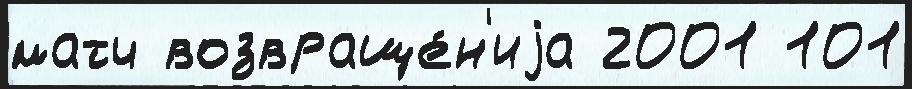
матч возвраще́н'иjа 2001 101